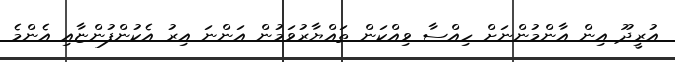
އުރީދޫ އިން އާންމުންނަށް ހިއްސާ ވިއްކަން ތައްޔާރުވަމުން އަންނަ އިރު އެކުންފުންޏާއި އެންމެ